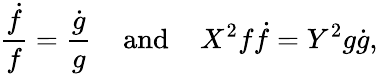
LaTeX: \frac{\dot{f}}{f}=\frac{\dot{g}}{g}\; \; \; \; {\mathrm{and}}\; \; \; \; X^{2}f\dot{f}=Y^{2}g\dot{g},